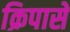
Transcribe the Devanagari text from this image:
क्रिपासे